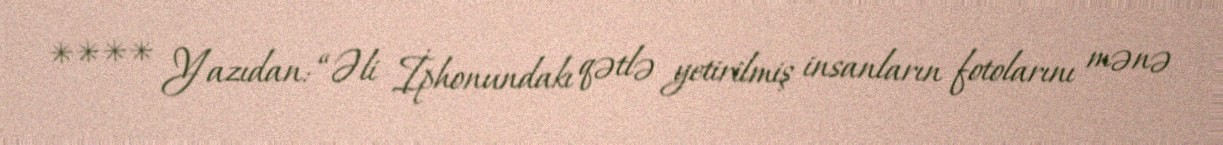
**** Yazıdan: “Əli İphonundakı qətlə yetirilmiş insanların fotolarını mənə